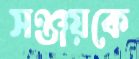
সঞ্জয়কে